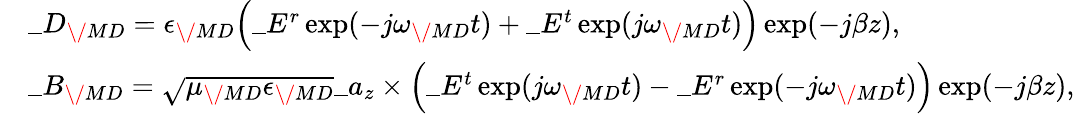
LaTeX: \begin{array}{rl}&{\_ D_{\/ {MD}}=\epsilon_{\/ {MD}}\Big(\_ E^{r}\exp(-j\omega_{\/ {MD}}t)+\_ E^{t}\exp(j\omega_{\/ {MD}}t)\Big)\exp(-j\beta z),}\\ &{\_ B_{\/ {MD}}=\sqrt{\mu_{\/ {MD}}\epsilon_{\/ {MD}}}\_ a_{z}\times\Big(\_ E^{t}\exp(j\omega_{\/ {MD}}t)-\_ E^{r}\exp(-j\omega_{\/ {MD}}t)\Big)\exp(-j\beta z),}\end{array}